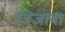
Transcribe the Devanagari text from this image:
जिजाबा